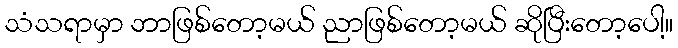
သံသရာမှာ ဘာဖြစ်တော့မယ် ညာဖြစ်တော့မယ် ဆိုပြီးတော့ပေါ့။